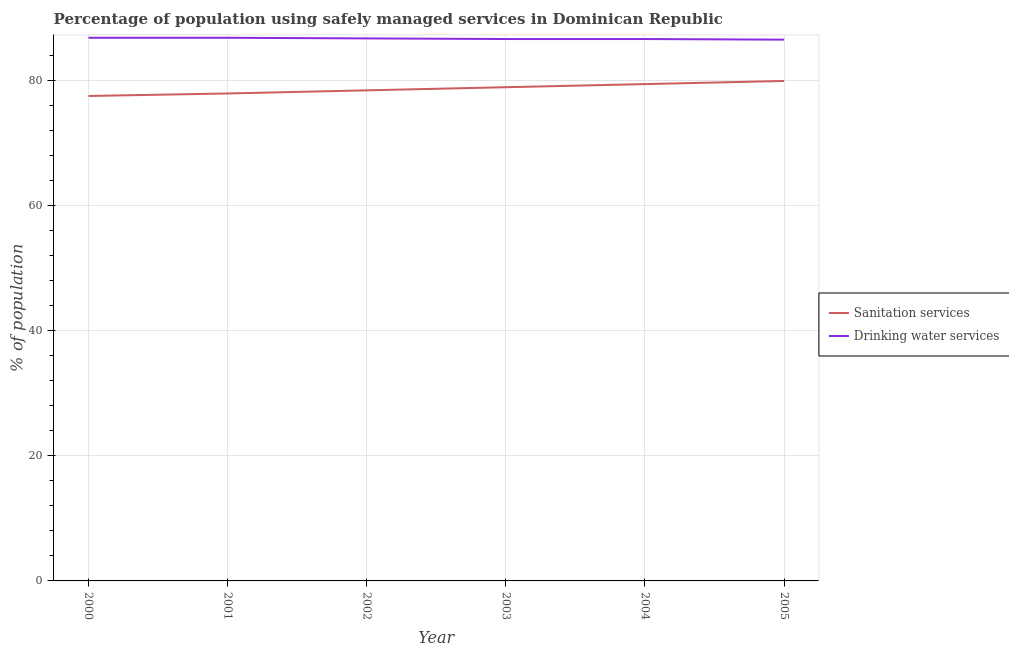
| Year | Sanitation services | Drinking water services |
 | --- | --- | --- |
 | 2000 | 77.5 | 86.8 |
 | 2001 | 77.9 | 86.8 |
 | 2002 | 78.4 | 86.7 |
 | 2003 | 78.9 | 86.6 |
 | 2004 | 79.4 | 86.6 |
 | 2005 | 79.9 | 86.5 |